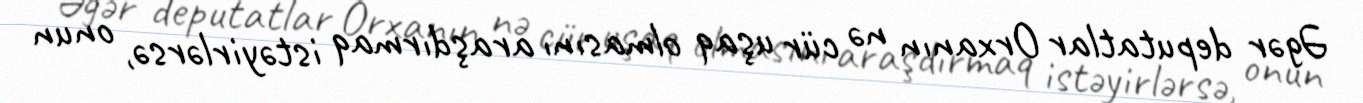
Əgər deputatlar Orxanın nə cür uşaq olmasını araşdırmaq istəyirlərsə, onun